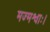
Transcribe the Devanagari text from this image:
मज्मश्वाः।